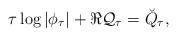
LaTeX: \begin{align*}\tau\log|\phi_\tau| + \Re \mathcal{Q}_\tau=\breve{Q}_\tau,\end{align*}